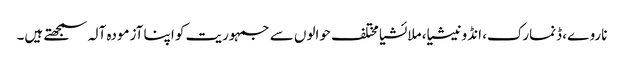
ناروے، ڈنمارک، انڈونیشیا، ملائشیا مختلف حوالوں سے جمہوریت کو اپنا آزمودہ آلہ سمجھتے ہیں۔